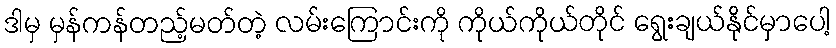
ဒါမှ မှန်ကန်တည့်မတ်တဲ့ လမ်းကြောင်းကို ကိုယ်ကိုယ်တိုင် ရွေးချယ်နိုင်မှာပေါ့